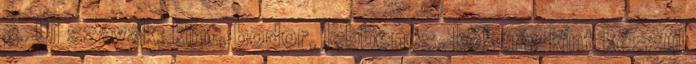
3. Új szavak: kint, bodor, lebbencs, kökény kint készül